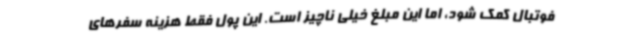
فوتبال کمک شود، اما این مبلغ خیلی ناچیز است. این پول فقط هزینه سفرهای